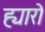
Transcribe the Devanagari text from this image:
ह्यारो